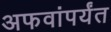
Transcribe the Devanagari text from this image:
अफवांपर्यंत